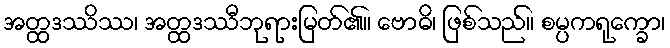
အတ္ထဒဿိဿ၊ အတ္ထဒဿီဘုရားမြတ်၏။ ဗောဓိ၊ ဖြစ်သည်။ စမ္ပကရုက္ခော၊